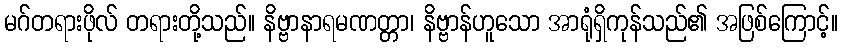
မဂ်တရားဖိုလ် တရားတို့သည်။ နိဗ္ဗာနာရမဏတ္တာ၊ နိဗ္ဗာန်ဟူသော အာရုံရှိကုန်သည်၏ အဖြစ်ကြောင့်။